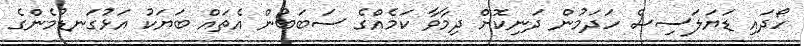
ހޯދައި ޑަޔަލަސިސް ހަދަމުން ދަނިކޮށް ދިމާވާ ކަމެއްގެ ސަބަބުން އެތައް ބަޔަކު އަޅުގަނޑުމެންގެ